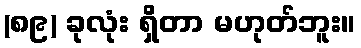
(၈၉) ခုလုံး ရှိတာ မဟုတ်ဘူး။